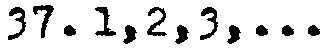
37. 1,2,3,...